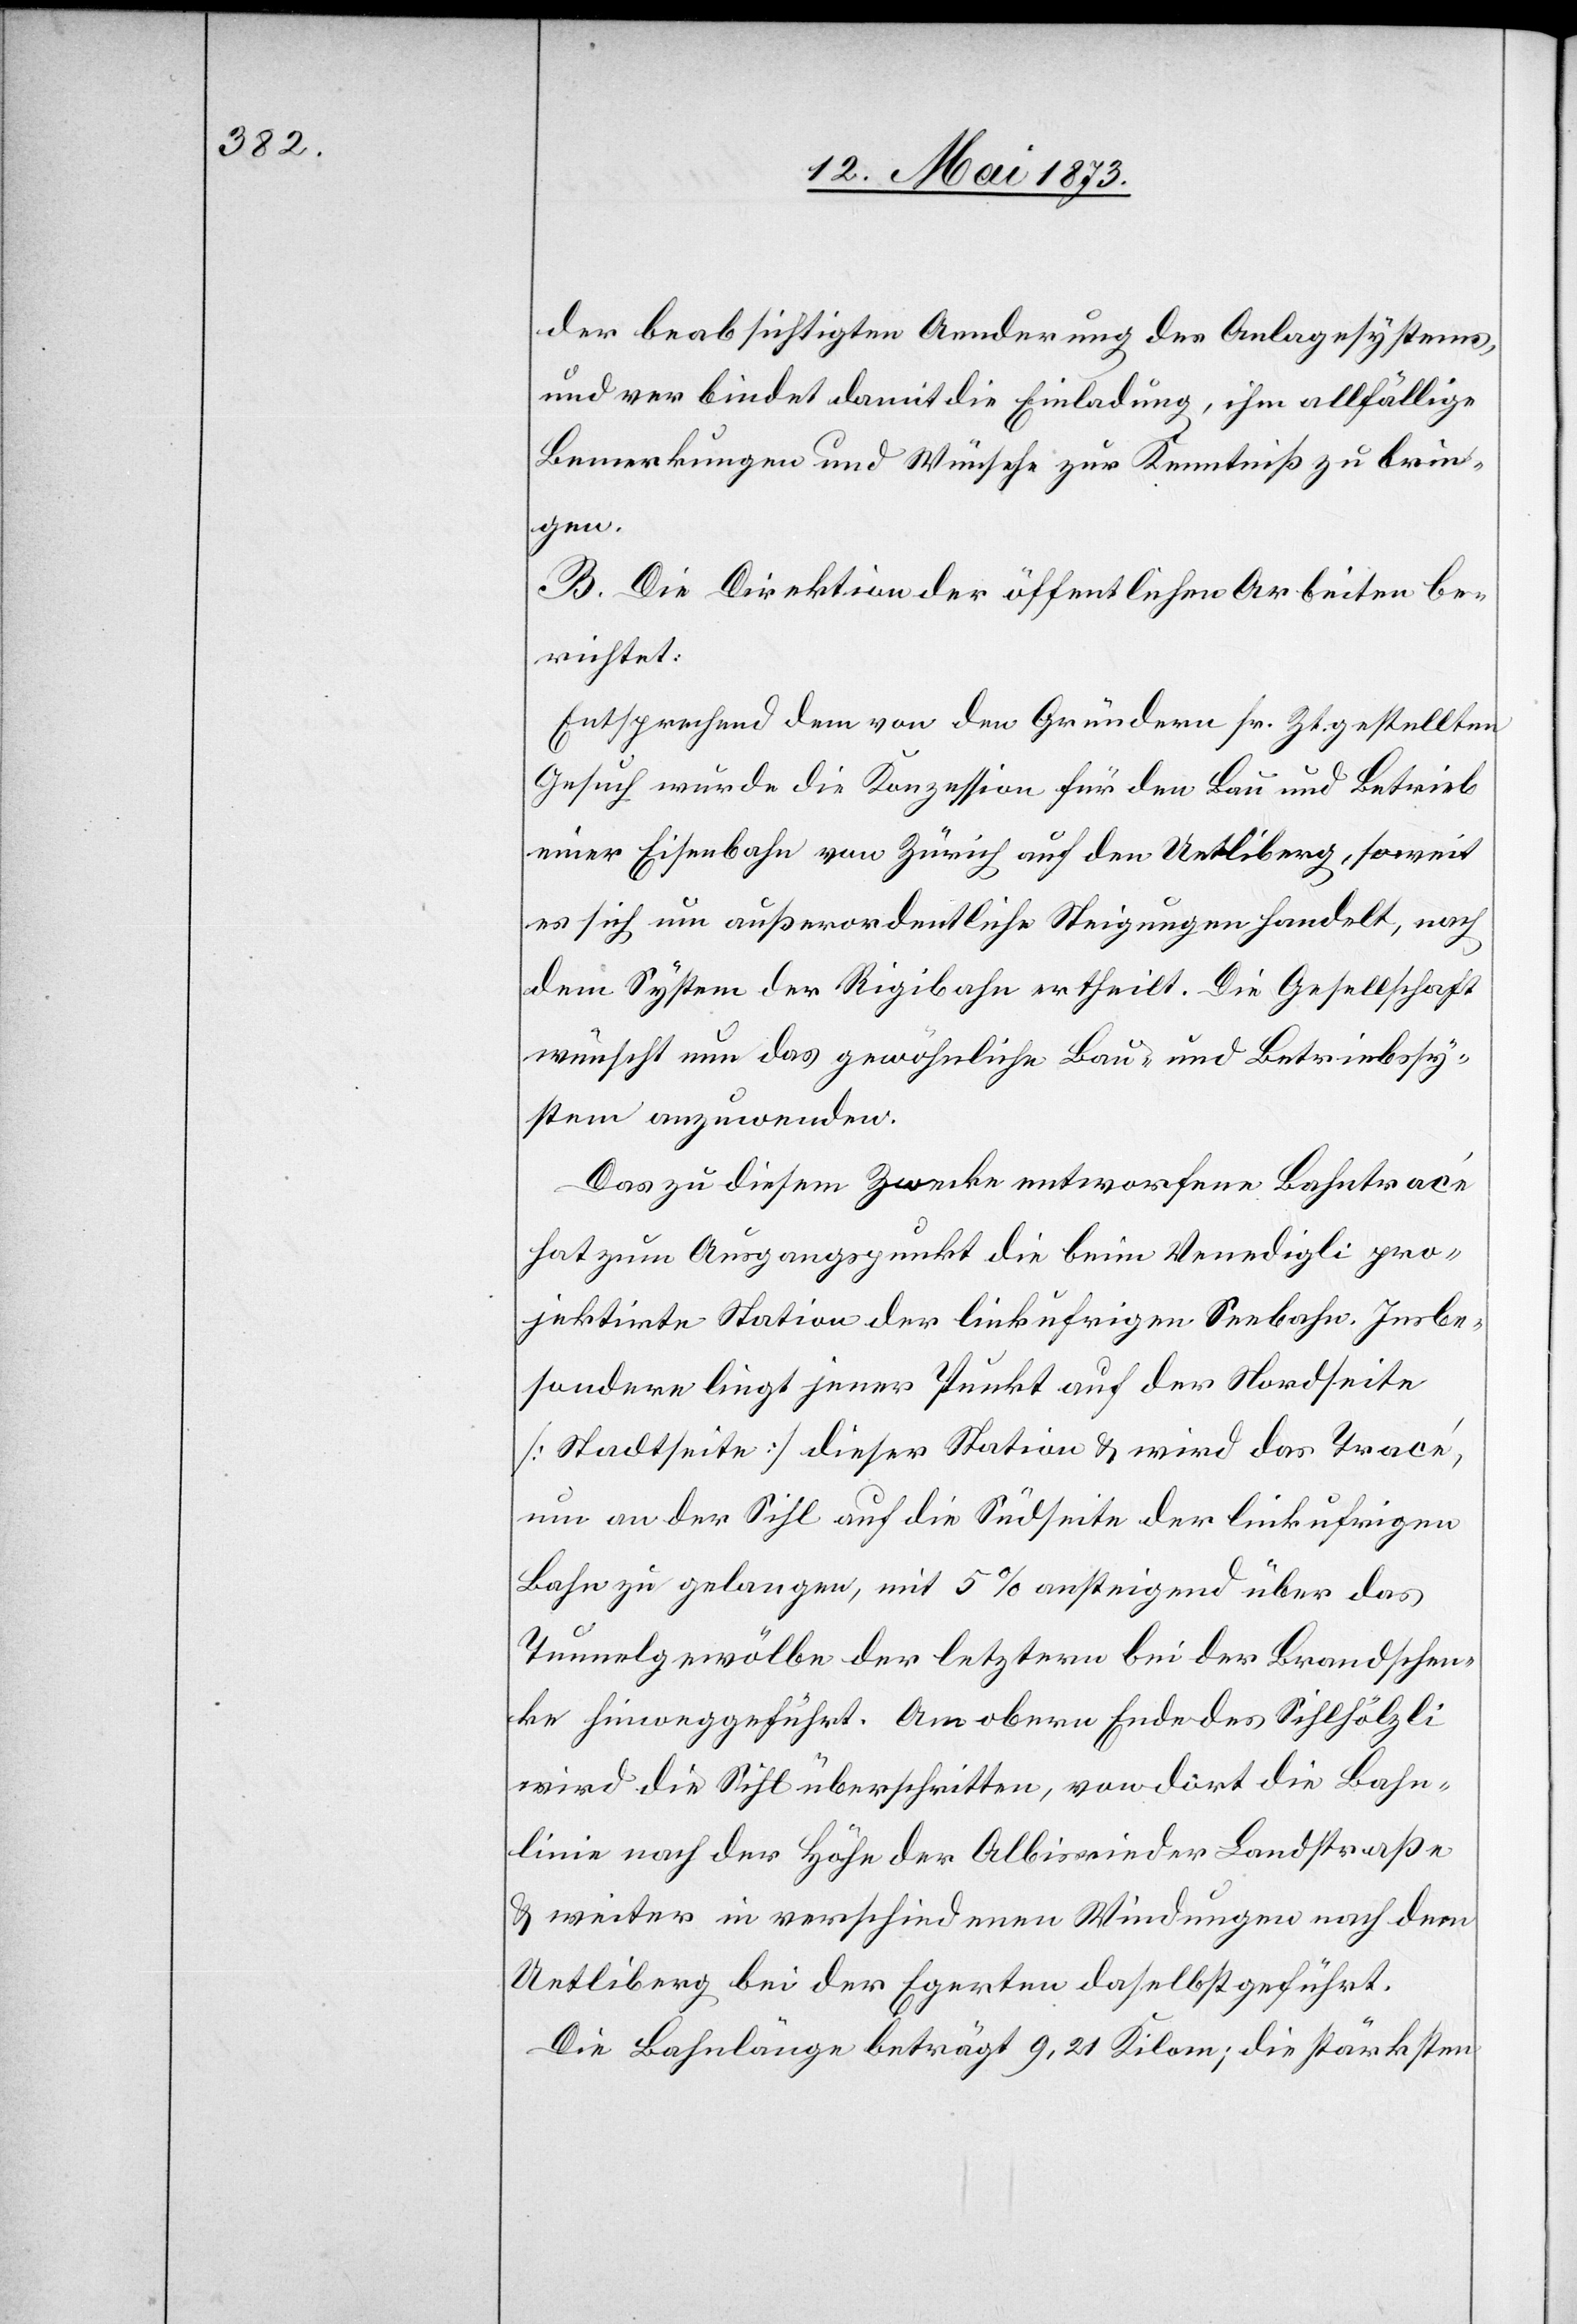
der beabsichtigten Aenderung des Anlagesystems,
und verbindet damit die Einladung, ihm allfällige
Bemerkungen und Wünsche zur Kenntniß zu brin¬
gen.
B. Die Direktion der öffentlichen Arbeiten be¬
richtet:
Entsprechend dem von den Gründern sr. Zt. gestellten
Gesuch würde die Konzession für den Bau und Betrieb
einer Eisenbahn von Zürich auf den Uetliberg, soweit
es sich um außerordentliche Steigungen handelt, nach
dem System der Rigibahn ertheilt. Die Gesellschaft
wünscht nun das gewöhnliche Bau- und Betriebssy¬
stem anzuwenden.
Das zu diesem Zwecke entworfene Bahntracé
hat zum Ausgangspunkt die beim Venedigli pro¬
jektirte Station der linkufrigen Seebahn. Insbe¬
sondere liegt jener Punkt auf der Nordseite
[Stadtseite] dieser Station & wird das Tracé,
um an der Sihl auf die Südseite der linkufrigen
Bahn zu gelangen, mit 5% ansteigend über das
Tunnelgewölbe der letztern bei der Brandschen¬
ke hinweggeführt. Am obern Ende des Sihlhölzli
wird die Sihl überschritten, von dort die Bahn¬
linie nach der Höhe der Albisrieder Landstraße
& weiter in verschiedenen Windungen nach dem
Uetliberg bei der Egerten daselbst geführt.
Die Bahnlänge beträgt 9,21 Kilom; die stärksten